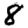
Digit: 8